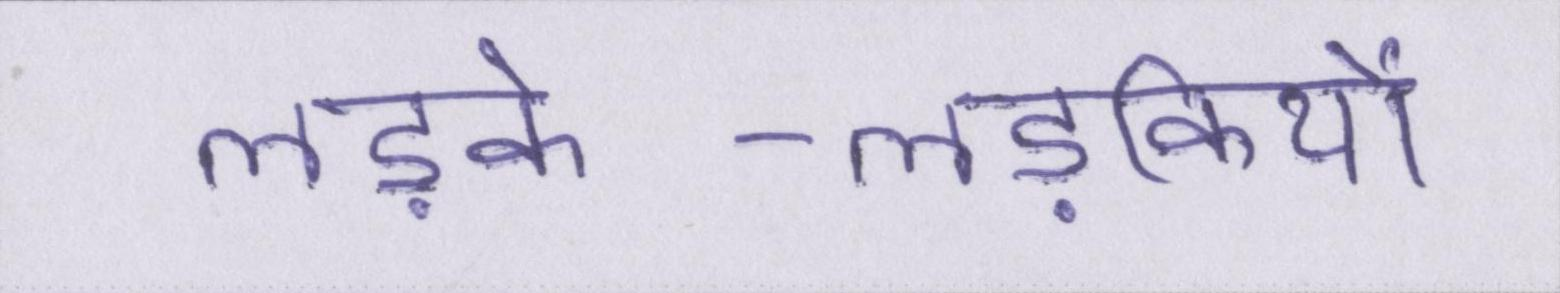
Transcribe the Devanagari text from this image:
लड़के-लड़कियों